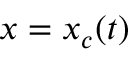
x = x _ { c } ( t )